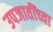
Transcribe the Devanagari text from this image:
उपजातींच्या